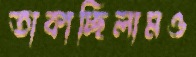
তাকাচ্ছিলামও